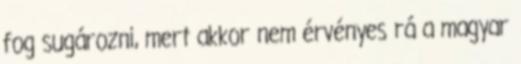
fog sugározni, mert akkor nem érvényes rá a magyar